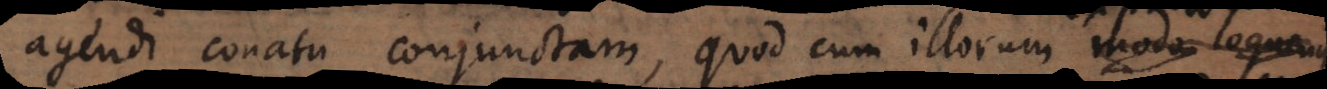
agendi conatu conjunctam, quod cum illorum modo loque